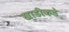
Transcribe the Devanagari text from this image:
खाडीकडे